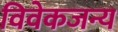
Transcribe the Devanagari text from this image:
विवेकजन्य